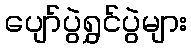
ပျော်ပွဲရွှင်ပွဲများ